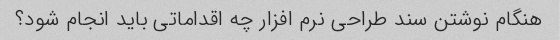
هنگام نوشتن سند طراحی نرم افزار چه اقداماتی باید انجام شود؟